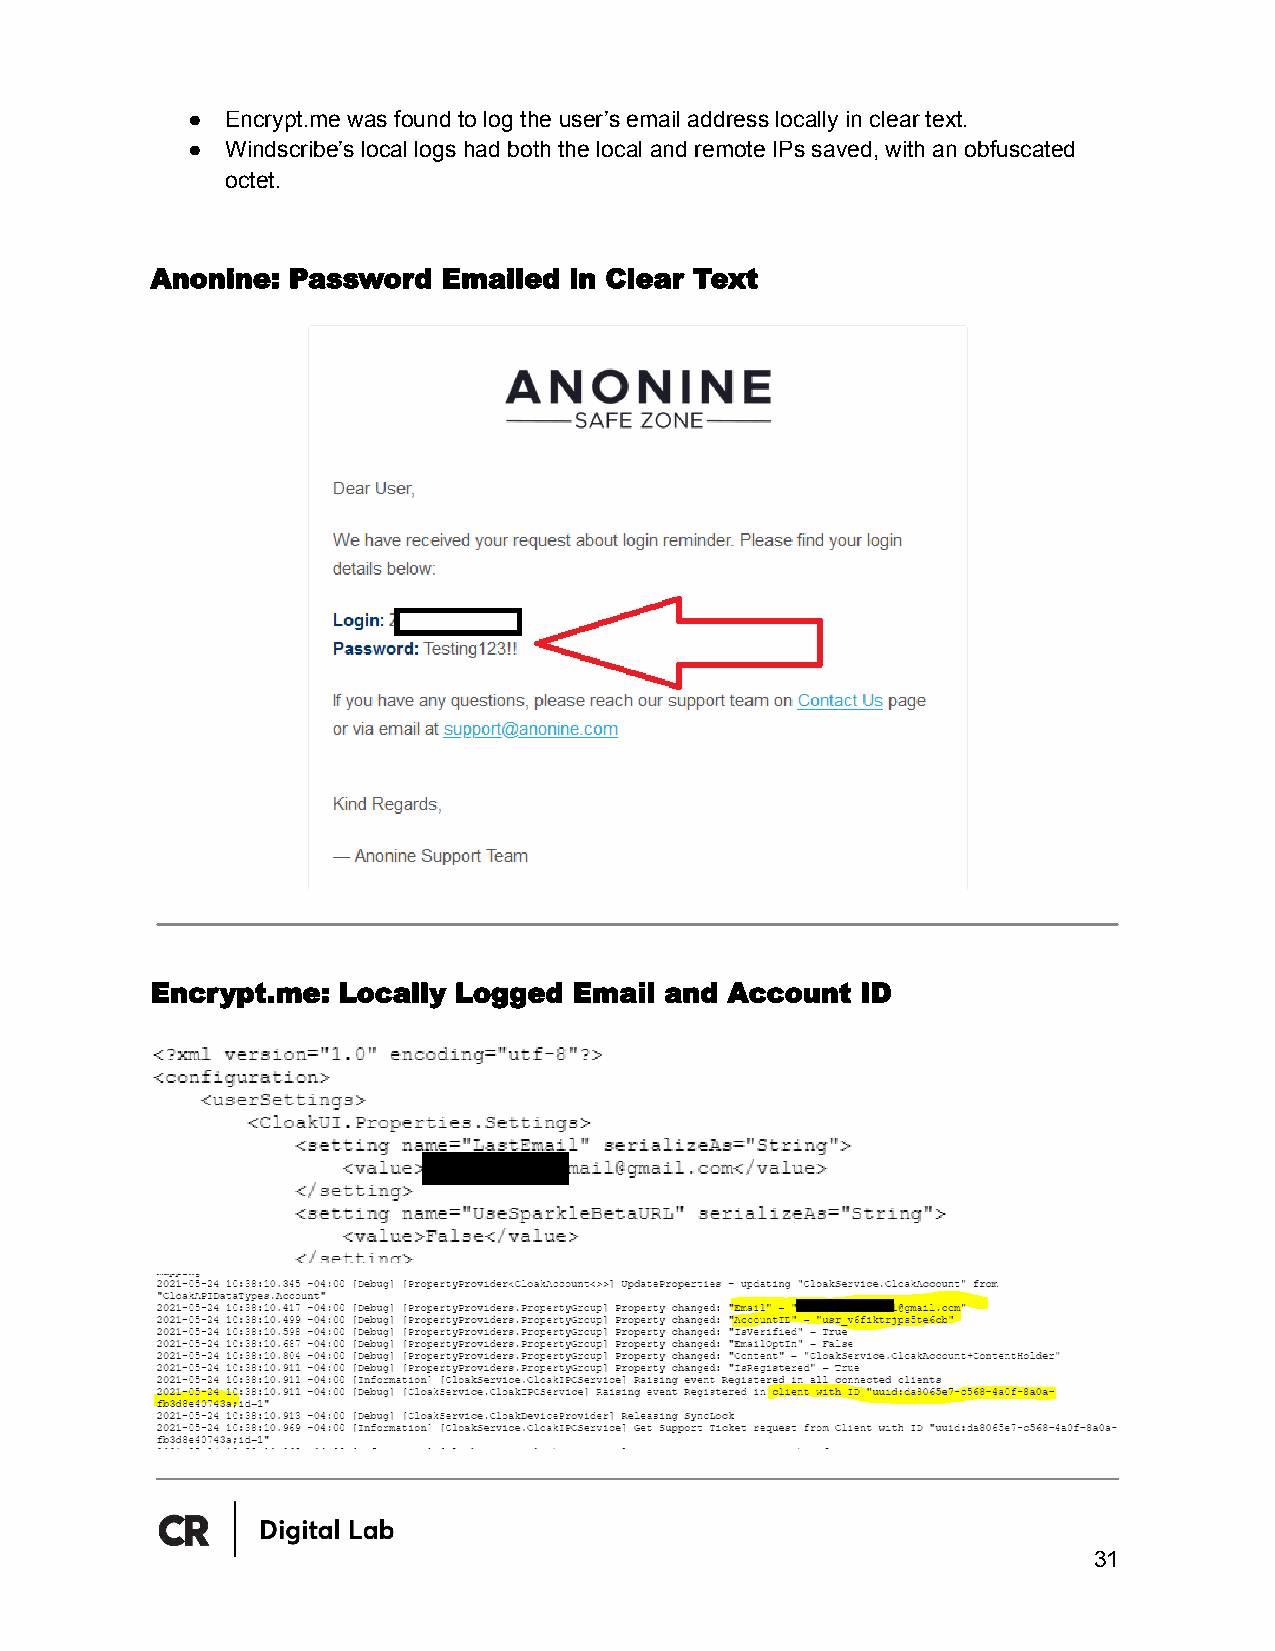
●  Encrypt.me was found to log the user’s email address locally in clear text.
 ●  Windscribe’s local logs had both the local and remote IPs saved, with an obfuscated
 octet.
 Anonine: Password  Emailed  in Clear Text
 Encrypt.me: Locally Logged  Email and Account  ID
 31